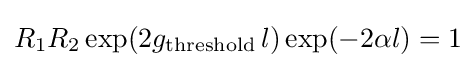
R_{1}R_{2}\exp(2g_{\text{threshold}}\,l)\exp(-2\alpha l)=1